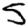
Digit: 5